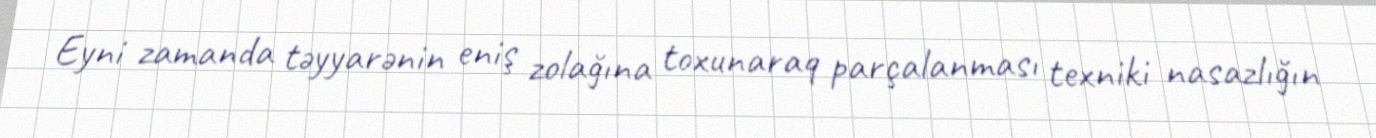
Eyni zamanda təyyarənin eniş zolağına toxunaraq parçalanması texniki nasazlığın